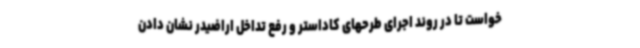
خواست تا در روند اجرای طرحهای کاداستر و رفع تداخل اراضیدر نشان دادن